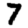
Digit: 7